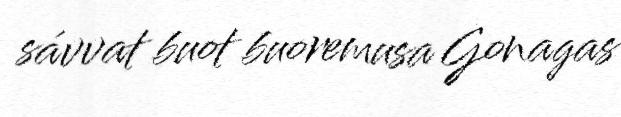
sávvat buot buoremusa Gonagas